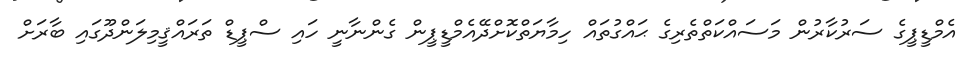
އެމްޑީޕީގެ ސަރުކާރުން މަސައްކަތްތެރިގެ ޙައްގުތައް ހިމާޔަތްކޮށްދޭއެމްޑީޕީން ގެންނާނީ ހައި ސްޕީޑް ތަރައްޤީމިލަންދޫގައި ބާރަށް